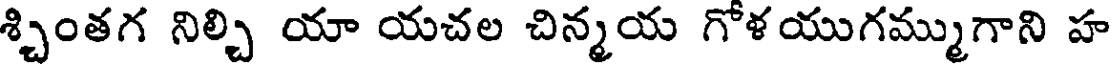
శ్చింతగ నిల్చి యా యచల చిన్మయ గోళయుగమ్ముగాని హ